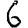
Digit: 6